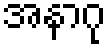
အနာဂု